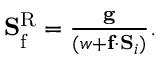
\begin{array} { r } { \mathbf { S } _ { \mathrm { f } } ^ { \mathrm { R } } = \frac { \mathbf { g } } { ( w + \mathbf { f } \cdot \mathbf { S } _ { i } ) } . } \end{array}